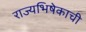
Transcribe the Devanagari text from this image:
राज्यभिषेकाची